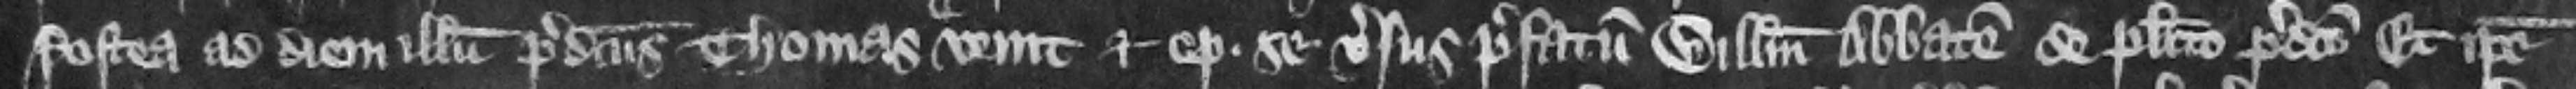
Postea ad diem illum predictus Thomas venit et optulit se versus prefatum Willelmum abbatem de placito predicto. Et ipse